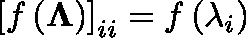
\left[ f \left( \mathbf { \Lambda } \right) \right] _ { i i } = f \left( \lambda _ { i } \right)